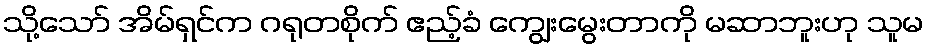
သို့သော် အိမ်ရှင်က ဂရုတစိုက် ဧည့်ခံ ကျွေးမွေးတာကို မဆာဘူးဟု သူမ